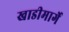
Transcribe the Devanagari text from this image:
खाडीमार्गे